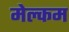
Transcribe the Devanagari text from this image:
मेल्‍कम